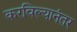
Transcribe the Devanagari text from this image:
करविल्यानंतर